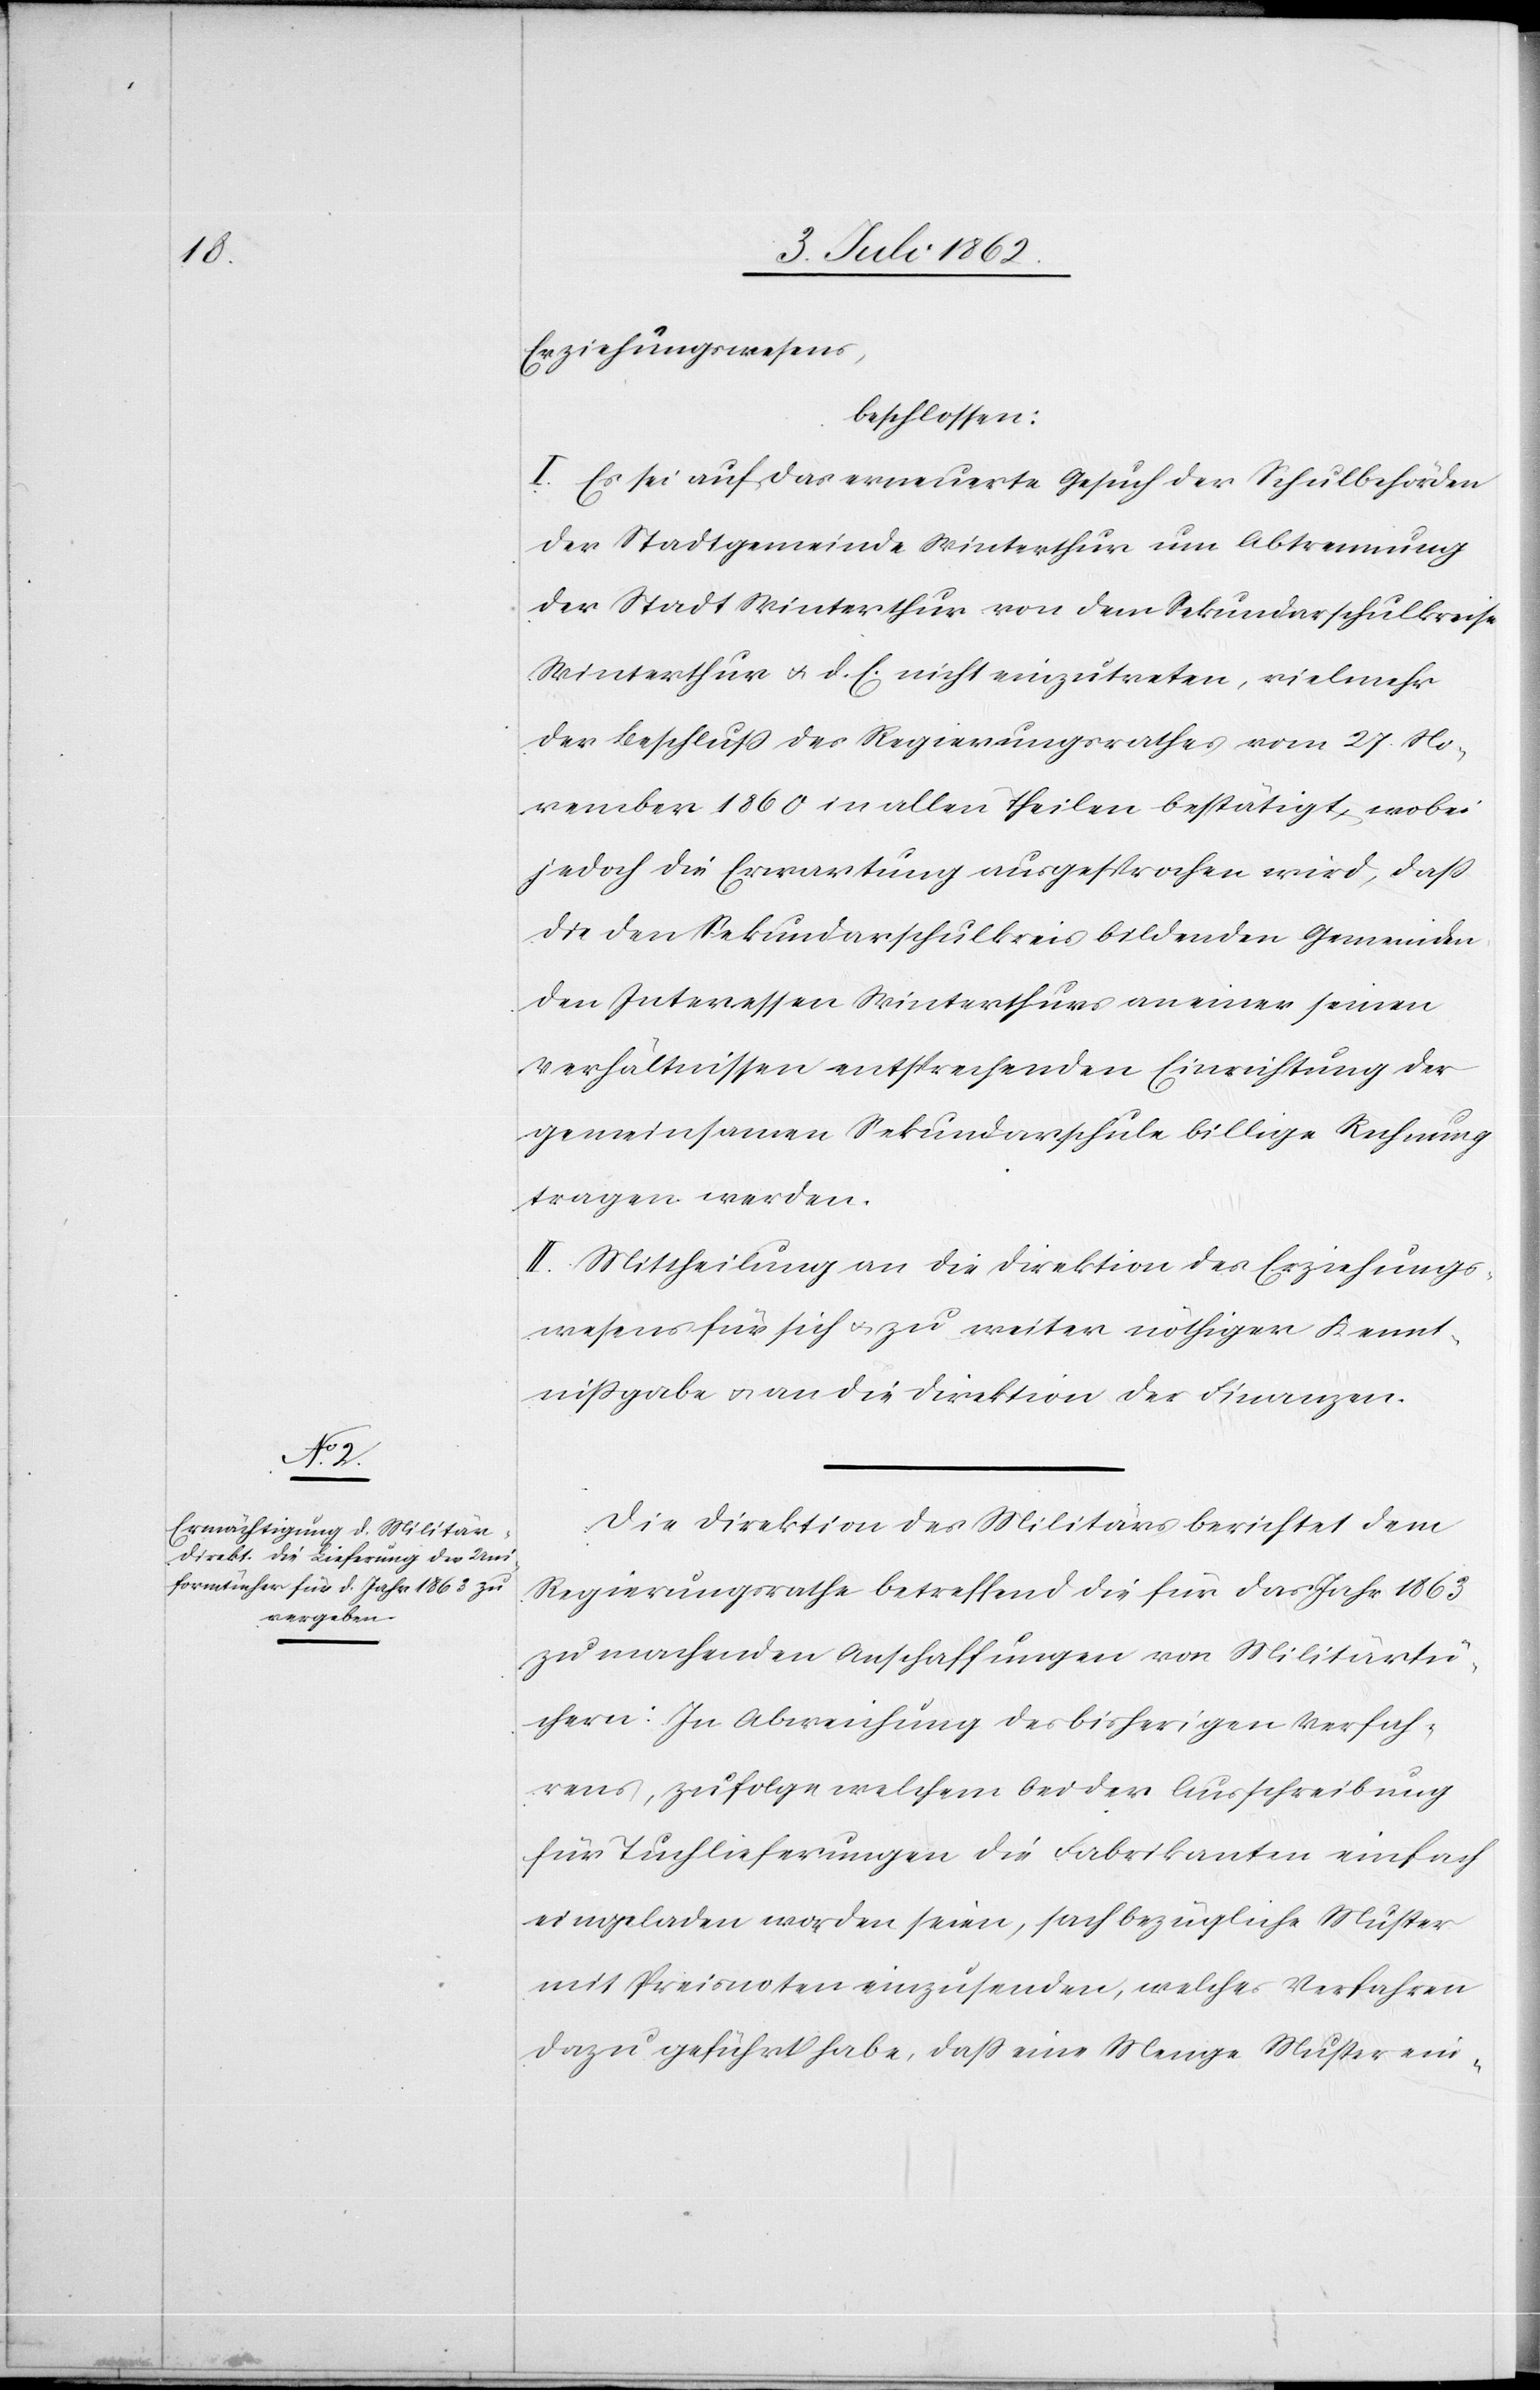
Erziehungswesens,
beschlossen:
I. Es sei auf das erneuerte Gesuch der Schulbehörden
der Stadtgemeinde Winterthur um Abtrennung
der Stadt Winterthur von dem Sekundarschulkreise
Winterthur u. d. E. nicht einzutreten, vielmehr
der Beschluß des Regierungsrathes vom 27. No¬
vember 1860 in allen Theilen bestätigt, wobei
jedoch die Erwartung ausgesprochen wird, daß
die den Sekundarschulkreis bildenden Gemeinden
den Interessen Winterthurs an einer seinen
Verhältnissen entsprechenden Einrichtung der
gemeinsamen Sekundarschule billige Rechnung
tragen werden.
II. Mittheilung an die Direktion des Erziehungs¬
wesens für sich u. zu weiter nöthiger Kennt¬
nißgabe u. an die Direktion der Finanzen.
Die Direktion des Militärs berichtet dem
Regierungsrathe betreffend die für das Jahr 1863
zu machenden Anschaffungen von Militärtü¬
chern: In Abweichung des bisherigen Verfah¬
rens, zufolge welchem bei der Ausschreibung
für Tuchlieferungen die Fabrikanten einfach
eingeladen worden seien, sachbezügliche Muster
mit Preisnoten einzusenden, welches Verfahren
dazu geführt habe, daß eine Menge Muster ein-